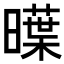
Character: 𣋑